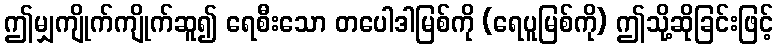
ဤမျှကျိုက်ကျိုက်ဆူ၍ ရေစီးသော တပေါဒါမြစ်ကို (ရေပူမြစ်ကို) ဤသို့ဆိုခြင်းဖြင့်